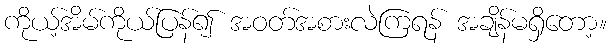
ကိုယ့်အိမ်ကိုယ်ပြန်၍ အဝတ်အစားလဲကြရန် အချိန်မရှိတော့။